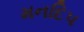
મનદિપ